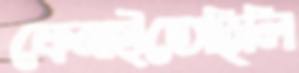
ফেনাইতেছিলি